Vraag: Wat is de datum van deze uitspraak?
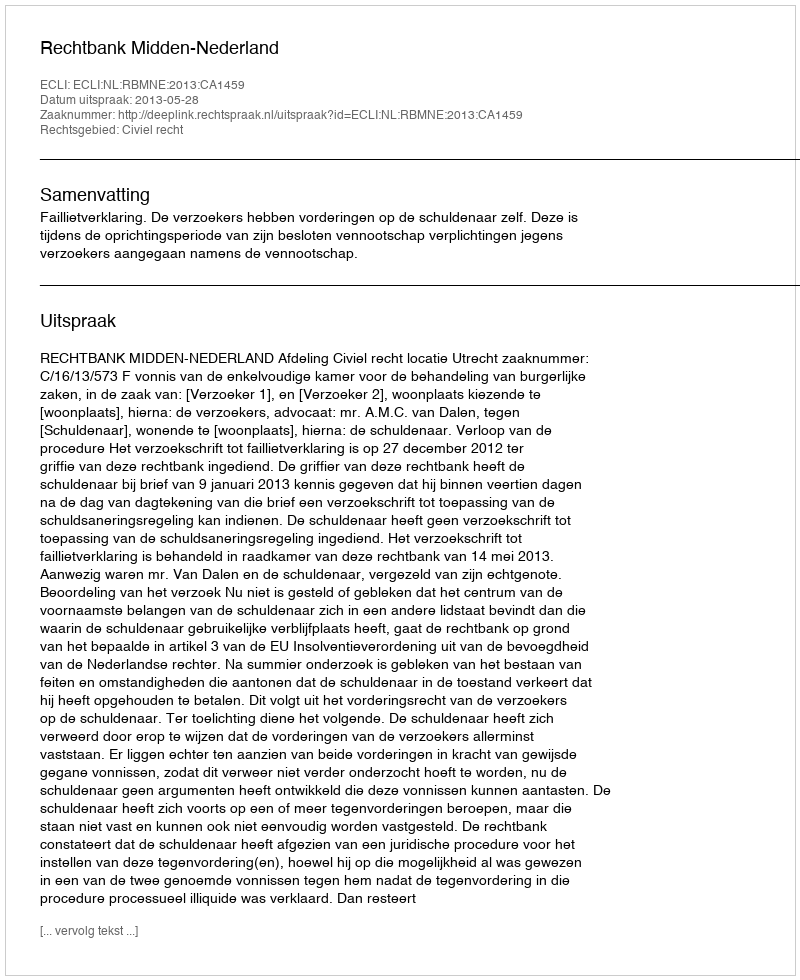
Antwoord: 2013-05-28